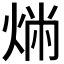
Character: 𤉤